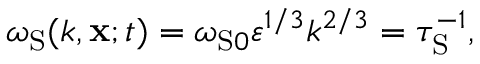
\omega _ { \mathrm { { S } } } ( k , { \bf { x } } ; t ) = \omega _ { \mathrm { { S } } 0 } \varepsilon ^ { 1 / 3 } k ^ { 2 / 3 } = \tau _ { \mathrm { { S } } } ^ { - 1 } ,